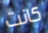
كانت